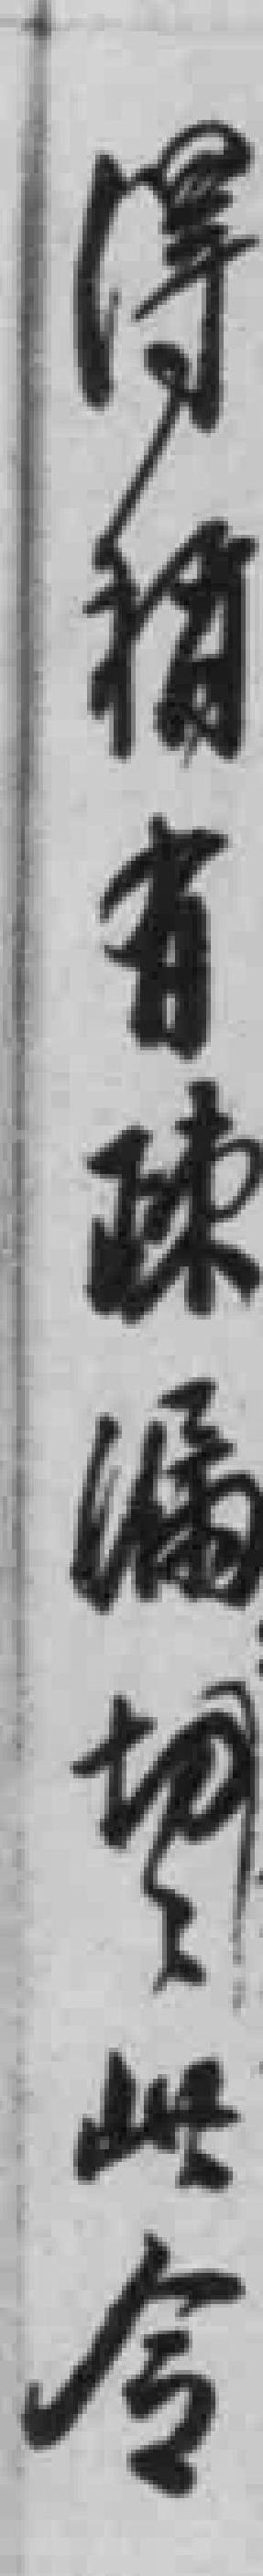
得稍有疎漏望此令